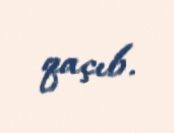
qaçıb.